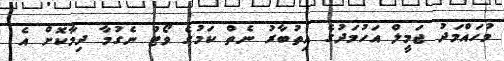
މުހައްމަދު ޖަމީލް އަހުމަދުގެ އިތުބާރު ނެތް ކަމުގެ ވޯޓު ނެގުމާ ދިމާކޮށް އެ